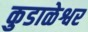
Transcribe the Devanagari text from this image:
कुडाळेश्वर